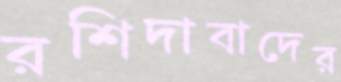
রশিদাবাদের